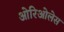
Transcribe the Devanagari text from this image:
ओरिओलेस